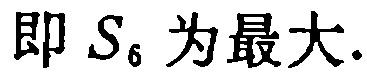
即 \(S_{6}\) 为最大.